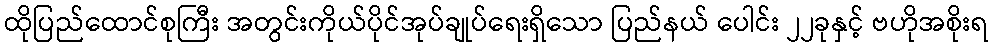
ထိုပြည်ထောင်စုကြီး အတွင်းကိုယ်ပိုင်အုပ်ချုပ်ရေးရှိသော ပြည်နယ် ပေါင်း ၂၂ခုနှင့် ဗဟိုအစိုးရ